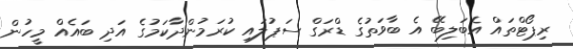
ރިޕޯޓްތައް އެބަލިބޭ އެ ބާވަތުގެ ޑްރަގް ސަޕުލައި ކުރަމުންދާކަމުގެ އަދި ބައެއް މީހުން